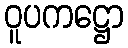
ဝူပကဋ္ဌော